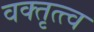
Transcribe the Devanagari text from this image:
वक्तृत्त्व